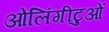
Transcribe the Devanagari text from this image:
ओलिंगीटुओं